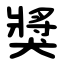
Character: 獎